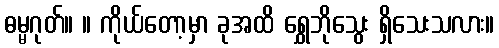
ဓမ္မဂုတ်။ ။ ကိုယ်တော့မှာ ခုအထိ ရွှေဘိုသွေး ရှိသေးသလား။